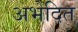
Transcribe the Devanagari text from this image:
अभेदित